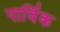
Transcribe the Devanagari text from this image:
पार्विक